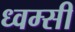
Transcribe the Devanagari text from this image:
ध्वम्सी